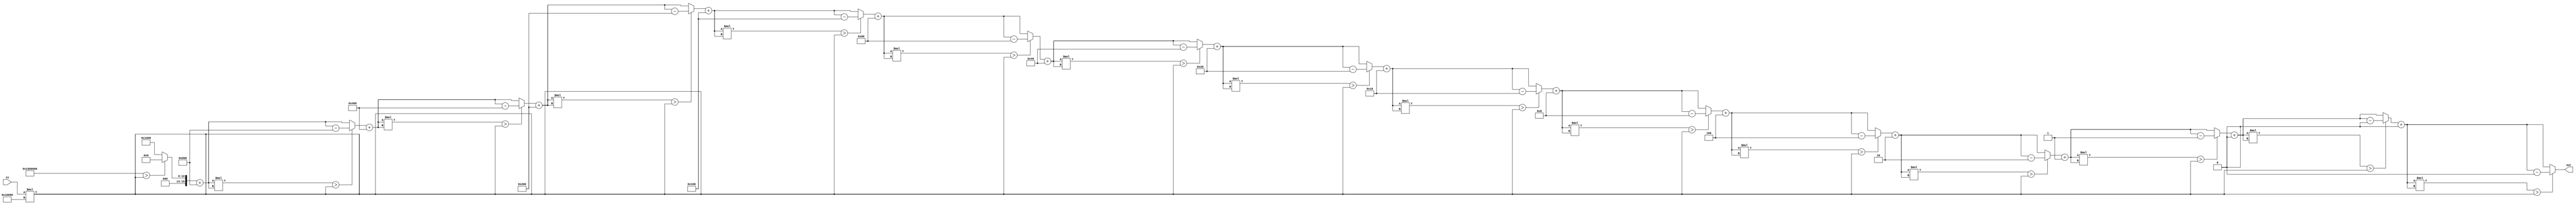
`timescale 1ns / 1ps
//////////////////////////////////////////////////////////////////////////////////
// Company: 
// Engineer: 
// 
// Design Name: 
// Module Name:    square_root 
// Project Name: 
// Target Devices: 
// Tool versions: 
// Description: 
//
// Dependencies: 
//
// Revision: 
// Revision 0.01 - File Created
// Additional Comments: 
//
//////////////////////////////////////////////////////////////////////////////////
module square_root (
    output [15:0] out,
    input  [7:0] in );
	 
	 reg [7:0] i;
	 reg [15:0] y, b;
	 reg [31:0] in_reg;
	 
	 always @(*) begin
			b = 4096; // baza initiala este de 2^12
			y = 0;
			in_reg = in * 65536; // inmultesc in-ul cu 2^16 pentru shiftarea la stanga
			for (i=0; i<=14; i=i+1) begin
					y = y + b; // insumez cu baza 
					if((y * y) > in_reg) begin
						y = y - b; // scad baza la loc daca este depasit in_reg
					end
					b = b/2; // shiftez baza la dreapta cu 1
			end
	 end
	 assign out = y;
	 
endmodule